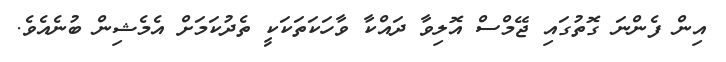
އިން ފެންނަ ގޮތުގައި ޖޭމްސް އޮލިވާ ދައްކާ ވާހަކަތަކަކީ ތެދުކަމަށް އެމެޝިން ބުނެއެވެ.